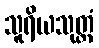
သူရိယသုတ္တံ